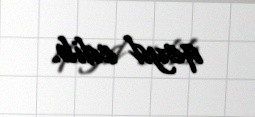
qeyd edib.